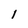
Character: l